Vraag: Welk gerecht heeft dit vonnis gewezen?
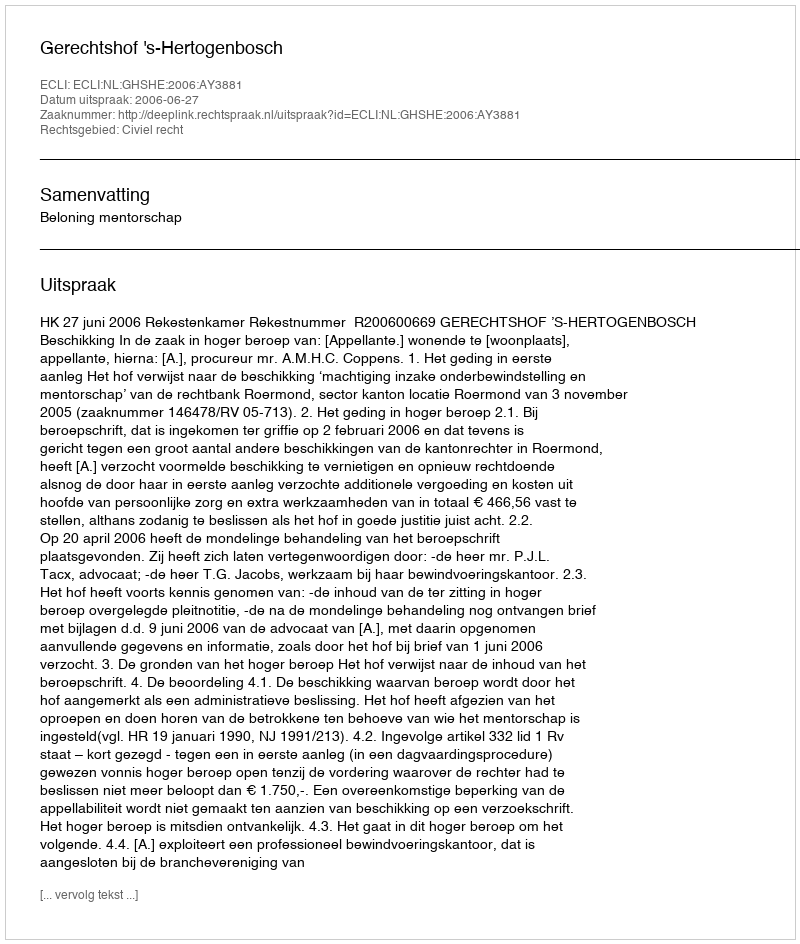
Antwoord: Gerechtshof 's-Hertogenbosch